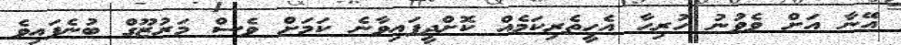
އޭނާ އަށް ވެވުނު ހުރިހާ އެހީތެރިކަމެއް ކޮށްދީފައިވާނެ ކަމަށް ވެސް މަރުޒޫގް ބުނެފައިވެ